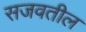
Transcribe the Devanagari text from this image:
सजवतील